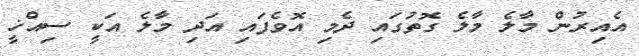
އެއިރުން މާލެ މާލެ ގޮތުގައި ދެމި އޮވެފައި އަދި މާލެ އަކީ ސިއްޚީ